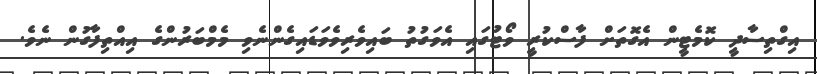
އިގްތިސާދީ ކޮމެޓީން އެގޮތަށް ފާސްކުރީ ވޯޓުގައި އެވަގުތު ބައިވެރިވެވަޑައިގެންނެވި މެމްބަރުންގެ އިއްތިފާގުން ނެވެ.